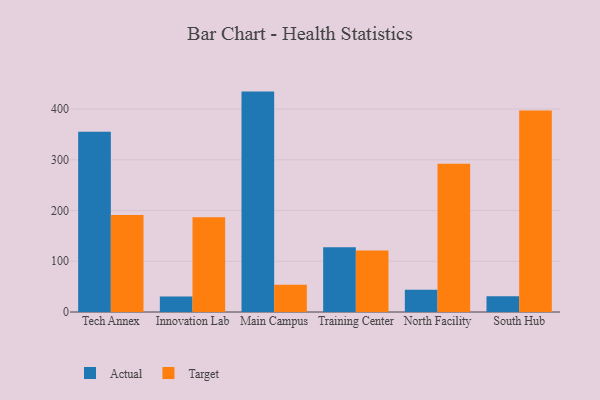
{"axis": {"x": "Campus", "y": "Energy Usage (MWh)"}, "legend": ["Actual", "Target"], "data": [{"x": "Tech Annex", "y": 355.3, "type": "Actual"}, {"x": "Tech Annex", "y": 191.5, "type": "Target"}, {"x": "Innovation Lab", "y": 30.5, "type": "Actual"}, {"x": "Innovation Lab", "y": 186.6, "type": "Target"}, {"x": "Main Campus", "y": 434.6, "type": "Actual"}, {"x": "Main Campus", "y": 53.6, "type": "Target"}, {"x": "Training Center", "y": 127.6, "type": "Actual"}, {"x": "Training Center", "y": 121.1, "type": "Target"}, {"x": "North Facility", "y": 43.7, "type": "Actual"}, {"x": "North Facility", "y": 292.1, "type": "Target"}, {"x": "South Hub", "y": 31.0, "type": "Actual"}, {"x": "South Hub", "y": 397.1, "type": "Target"}]}